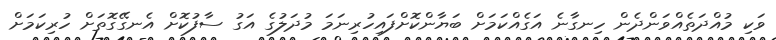
ވަކި މުއްދަތެއްވަންދެން ހިނގާނެ އަގެއްކަމަށް ބަޔާންކޮށްފައިހުރިނަމަ މުދަލުގެ އަގު ސާފުކޮށް އެނގޭގޮތަށް ހުރިކަމަށް